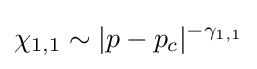
\chi _{1,1}\sim |p-p_{c}|^{-\gamma _{1,1}}